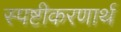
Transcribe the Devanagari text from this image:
स्पष्टीकरणार्थ